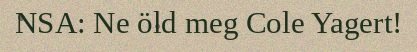
NSA: Ne öld meg Cole Yagert!